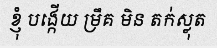
ខ្ញុំ បង្កើយ ម្រឹគ មិន តក់ស្លុត